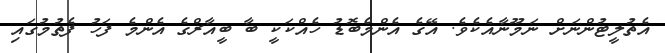
އެތުލީޓުންނަށް ނަމޫނާއެކެވެ. އޭގެ އެންމެބޮޑު ހެއްކަކީ ބާ ބީއާރްގެ އެންމެ ފަހު ފެތުމުގައި